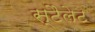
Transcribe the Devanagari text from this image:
स्टैलेट